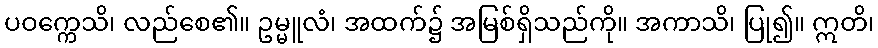
ပဝက္ကေသိ၊ လည်စေ၏။ ဥမ္မူလံ၊ အထက်၌ အမြစ်ရှိသည်ကို။ အကာသိ၊ ပြု၍။ ဣတိ၊